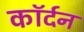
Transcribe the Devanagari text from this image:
कॉर्दन